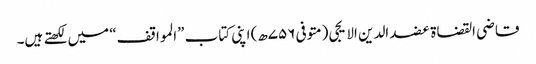
قاضی القضاة عضد الدین الایجی (متوفی ۷۵۶ھ) اپنی کتاب ”المواقف“ میں لکھتے ہیں۔